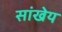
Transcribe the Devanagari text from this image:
सांखेय